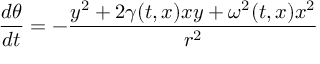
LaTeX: { \frac { d \theta } { d t } } = - { \frac { y ^ { 2 } + 2 \gamma ( t , x ) x y + \omega ^ { 2 } ( t , x ) x ^ { 2 } } { r ^ { 2 } } }